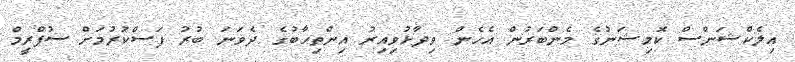
އިލެކްޝަންސް ކޮމިޝަނުގެ މެންބަރުން އެހެން ވިދާޅުވިއިރު އިންތިހާބުގެ ދެވަނަ ބުރު ފަސްކުރުމަށް ސުޕްރީމް